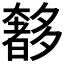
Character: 𭑥